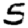
Digit: 5